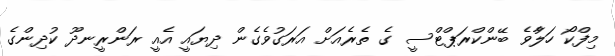
މިފްކޯ ހަލާުވެ ބޭންކްރަޕްޓްސީ ގެ ތެރެއަށް އަރަގުވެގެން ދިޔައީ އެއީ ރަންރީނދޫ ކުދިންގެ